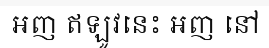
អញ ឥឡូវនេះ អញ នៅ